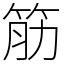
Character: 筋